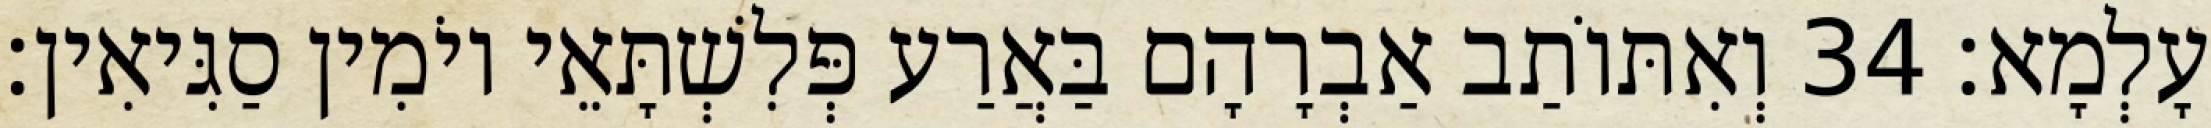
עָלְמָא׃ 34 וְאִתּוֹתַב אַבְרָהָם בַּאֲרַע פְּלִשְׁתָּאֵי יוֹמִין סַגִּיאִין׃